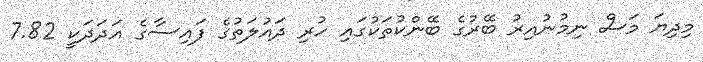
މިދިޔަ މަސް ނިމުނުއިރު ބޭރުގެ ބޭންކުތަކުގައި ހުރި ދައުލަތުގެ ފައިސާގެ އަދަދަކީ 7.82